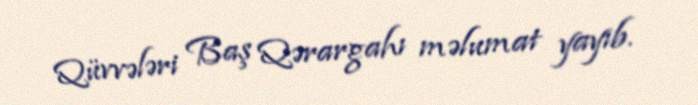
Qüvvələri Baş Qərargahı məlumat yayıb.